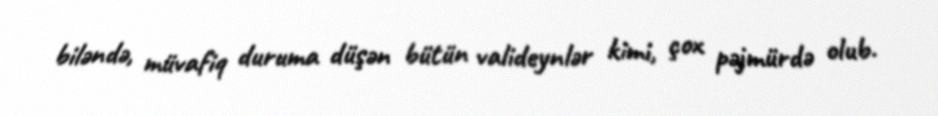
biləndə, müvafiq duruma düşən bütün valideynlər kimi, çox pəjmürdə olub.